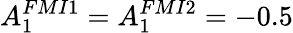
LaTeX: A_{1}^{FMI{1}}=A_{1}^{FMI{2}}=-0.5